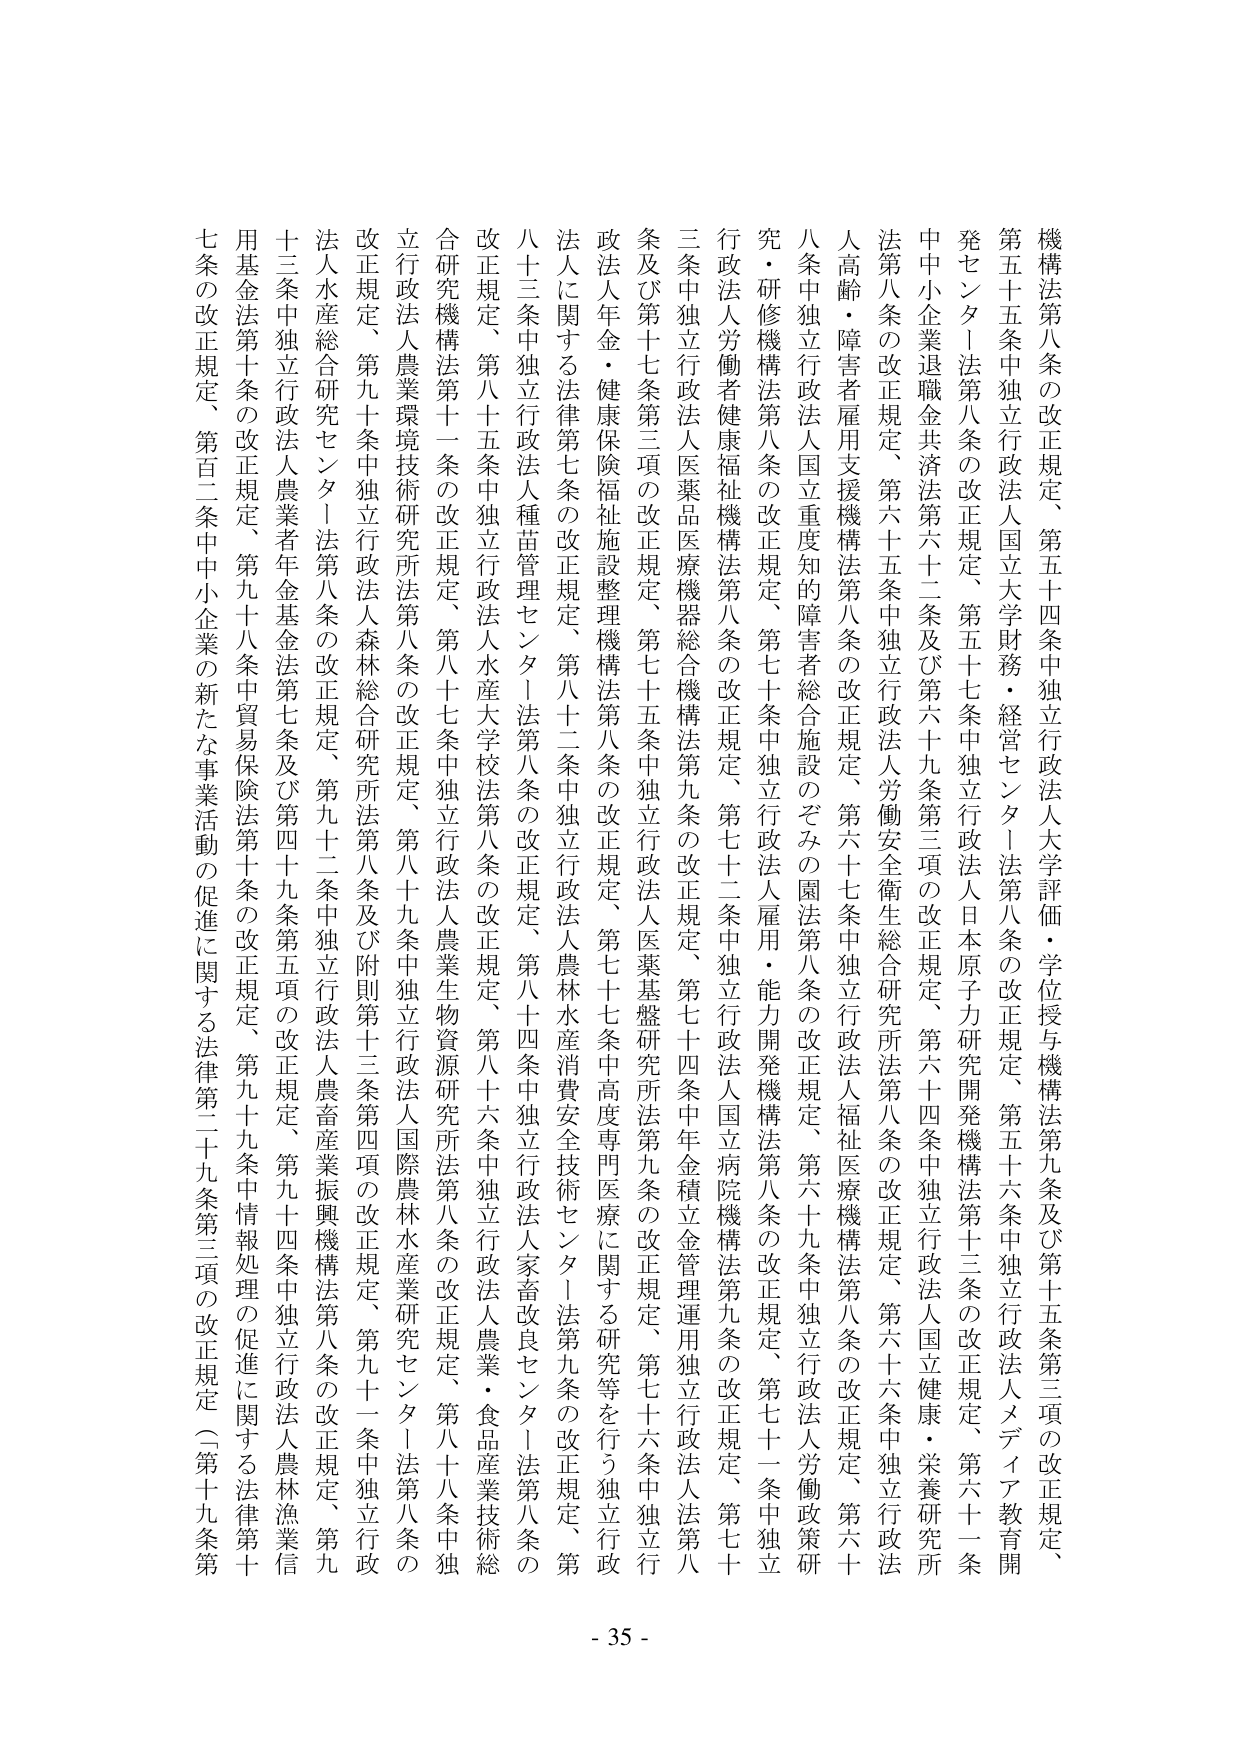
機構第八条の改正規定、第五十四条中独立行政法人大学評価・学位授与機構法第九条及び第十五条第三項の改正規定、
第五十五条中独立行政法人国立大学財務・経営センター法第八条の改正規定、第五十六条中独立行政法人メディア教育開
発センター法第八条の改正規定、第五十七条中独立行政法人日本原子力研究開発機構法第十三条の改正規定、第六十一条
中小企業退職金共済法第六十二条及び第六十九条第三項の改正規定、第六十四条中独立行政法人国立健康・栄養研究所
法第八条の改正規定、第六十五条中独立行政法人労働安全衛生総合研究所法第八条の改正規定、第六十六条中独立行政法
人高齢・障害者雇用支援機構法第八条の改正規定、第六十七条中独立行政法人福祉医療機構法第八条の改正規定、第六十
八条中独立行政法人国立重度知的障害者総合施設のぞみの園法第八条の改正規定、第六十九条中独立行政法人労働政策研
究・研修機構法第八条の改正規定、第七十条中独立行政法人雇用・能力開発機構法第八条の改正規定、第七十一条中独立
行政法人労働者健康福祉機構法第八条の改正規定、第七十二条中独立行政法人国立病院機構法第九条の改正規定、第七十
三条中独立行政法人医薬品医療機器総合機構法第九条の改正規定、第七十四条中年金積立金管理運用独立行政法人法第八
条及び第十七条第三項の改正規定、第七十五条中独立行政法人医薬基盤研究所法第九条の改正規定、第七十六条中独立行
政法人年金・健康保険福祉施設整備機構法第八条の改正規定、第七十七条中高度専門医療に関する研究等を行う独立行政
法人に関する法律第七条の改正規定、第八十二条中独立行政法人農林水産消費安全技術センター法第九条の改正規定、第
八十三条中独立行政法人種苗管理センター法第八条の改正規定、第八十四条中独立行政法人家畜改良センター法第八条の
改正規定、第八十五条中独立行政法人水産大学校法第八条の改正規定、第八十六条中独立行政法人農業・食品産業技術総
合研究機構法第十一条の改正規定、第八十七条中独立行政法人農業生物資源研究所法第八条の改正規定、第八十八条中独
立行政法人農業環境技術研究所法第八条の改正規定、第八十九条中独立行政法人国際農林水産業研究センター法第八条の
改正規定、第九十条中独立行政法人森林総合研究所法第八条及び附則第十三条第四項の改正規定、第九十一条中独立行政
法人水産総合研究センター法第八条の改正規定、第九十二条中独立行政法人農畜産業振興機構法第八条の改正規定、第九
十三条中独立行政法人農業者年金基金法第七条及び第四十九条第五項の改正規定、第九十四条中独立行政法人農林漁業信
用基金法第十条の改正規定、第九十八条中貿易保険法第十条の改正規定、第九十九条中情報処理の促進に関する法律第十
七条の改正規定、第百二条中中小企業の新たな事業活動の促進に関する法律第二十九条第三項の改正規定（第十九条第
- 35 -